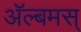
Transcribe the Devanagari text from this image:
अॅल्बमस्